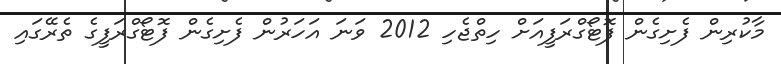
މާކުރިން ފެށިގެން ފޮޓޯގްރަފީއަށް ހިތްޖެހި 2012 ވަނަ އަހަރުން ފެށިގެން ފޮޓޯގްރަފީގެ ތެރޭގައި